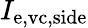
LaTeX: I_{\mathrm{e,vc,side}}